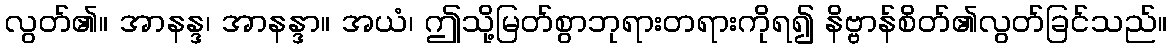
လွတ်၏။ အာနန္ဒ၊ အာနန္ဒာ။ အယံ၊ ဤသို့မြတ်စွာဘုရားတရားကိုရ၍ နိဗ္ဗာန်စိတ်၏လွတ်ခြင်သည်။